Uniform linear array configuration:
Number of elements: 48
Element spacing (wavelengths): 0.75
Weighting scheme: hamming
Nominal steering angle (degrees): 0
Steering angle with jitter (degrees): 0.3695
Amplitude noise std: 0.05
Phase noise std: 0.05

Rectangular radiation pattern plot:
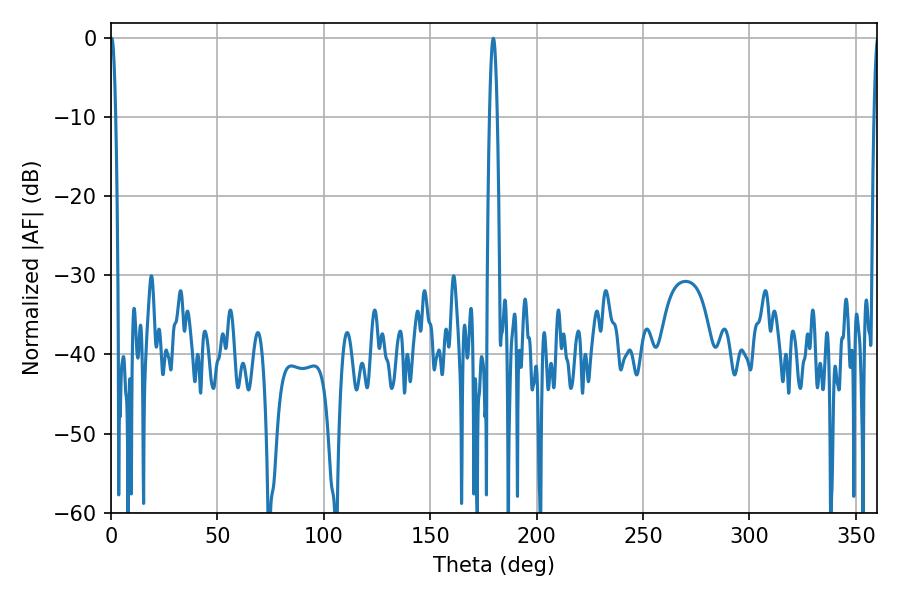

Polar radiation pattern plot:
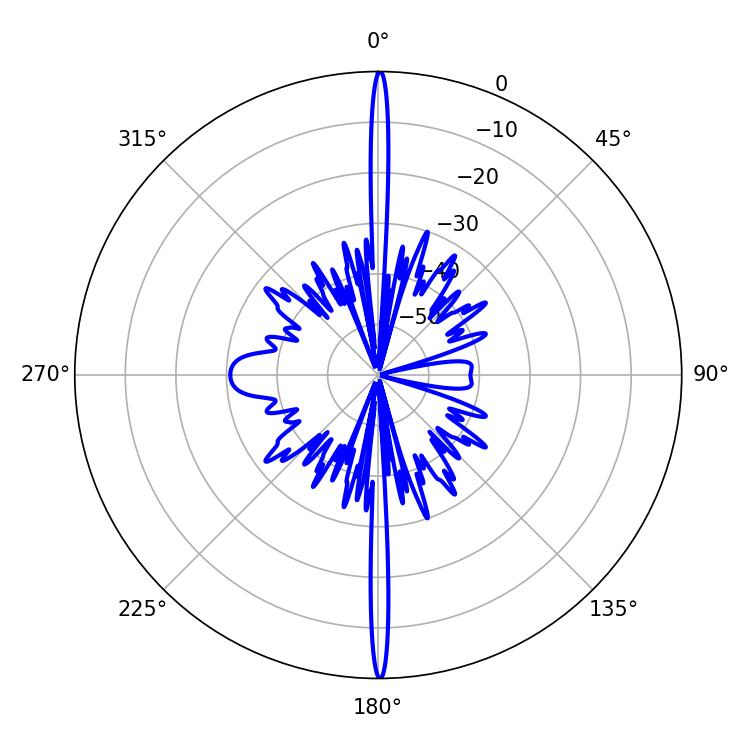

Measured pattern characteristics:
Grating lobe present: TRUE
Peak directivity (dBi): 39.741
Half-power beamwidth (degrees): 1.8
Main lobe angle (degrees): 179.64